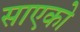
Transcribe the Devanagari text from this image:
साएको